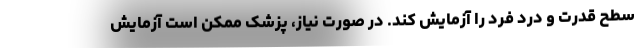
سطح قدرت و درد فرد را آزمایش کند. در صورت نیاز، پزشک ممکن است آزمایش